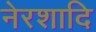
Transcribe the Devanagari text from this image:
नेरशादि